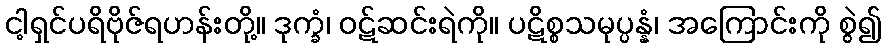
ငါ့ရှင်ပရိဗိုဇ်ရဟန်းတို့။ ဒုက္ခံ၊ ဝဋ်ဆင်းရဲကို။ ပဋိစ္စသမုပ္ပန္နံ၊ အကြောင်းကို စွဲ၍